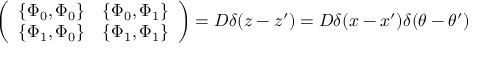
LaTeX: \left( \begin{array} { c c } { { \{ \Phi _ { 0 } , \Phi _ { 0 } \} } } & { { \{ \Phi _ { 0 } , \Phi _ { 1 } \} } } \\ { { \{ \Phi _ { 1 } , \Phi _ { 0 } \} } } & { { \{ \Phi _ { 1 } , \Phi _ { 1 } \} } } \end{array} \right) = { \cal D } \delta ( z - z ^ { \prime } ) = { \cal D } \delta ( x - x ^ { \prime } ) \delta ( \theta - \theta ^ { \prime } )